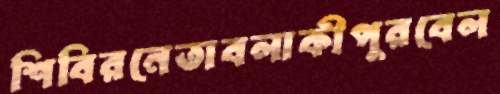
শিবিরনেতাবলাকীপুরবেল